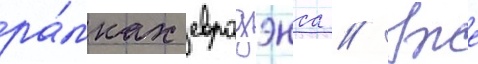
ра́мках евродэнса // Уже